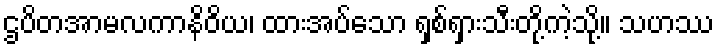
ဌပိတအာမလကာနိဝိယ၊ ထားအပ်သော ရှစ်ရှားသီးတို့ကဲ့သို့။ သဟဿ